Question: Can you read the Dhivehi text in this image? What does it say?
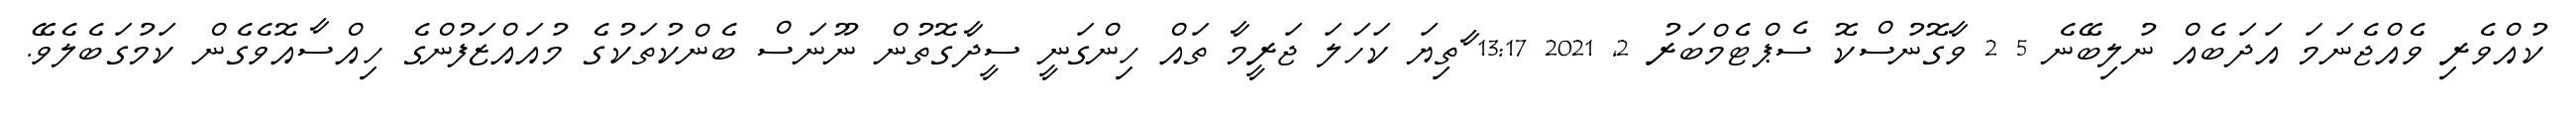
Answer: ކުއްވެރި ވެއްޖެނަމަ އަދަބެއް ނުލިބޭނެ 5 2 ވާގޮނުސްކޮ ސެޕްޓެމްބަރު 2, 2021 13:17 ާތިޔަ ކަހަލަ ޖަރީމާ ތައް ހިންގަނީ ސީދާގޮތުން ނޫނަސް ބެންކުތަކުގެ މުއައްޒަފުންގެ ހިއްސާއޮވެގެން ކަމުގަބެލެވޭ.